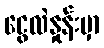
ငွေလဲနှုန်းမှာ